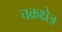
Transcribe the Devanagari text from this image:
चक्रक्षेत्र